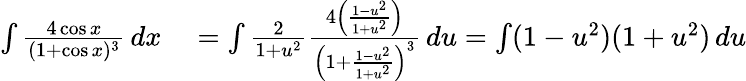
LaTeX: \begin{array}{rl}{\int{\frac{4\cos x}{(1+\cos x)^{3}}}\, dx}&{{}=\int{\frac{2}{1+u^{2}}}{\frac{4\left({\frac{1-u^{2}}{1+u^{2}}}\right)}{\left(1+{\frac{1-u^{2}}{1+u^{2}}}\right)^{3}}}\, du=\int(1-u^{2})(1+u^{2})\, du}\end{array}